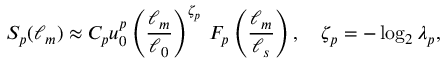
S _ { p } ( \ell _ { m } ) \approx C _ { p } u _ { 0 } ^ { p } \left( \frac { \ell _ { m } } { \ell _ { 0 } } \right) ^ { \zeta _ { p } } \, F _ { p } \left( \frac { \ell _ { m } } { \ell _ { s } } \right) , \quad \zeta _ { p } = - \log _ { 2 } \lambda _ { p } ,